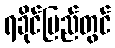
ရခိုင်ပြည်တွင်